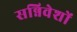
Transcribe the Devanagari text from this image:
सन्निवेशों